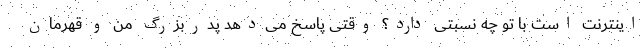
اینترنت است با تو چه نسبتی دارد؟ وقتی پاسخ می‌دهد پدربزرگ من و قهرمان